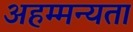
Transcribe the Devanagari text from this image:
अहम्मन्यता